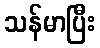
သန်မာပြီး